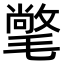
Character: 氅